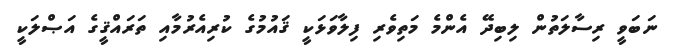
ނަބަވީ ރިސާލަތުން ލިބިދޭ އެންމެ މަތިވެރި ފިލާވަޅަކީ ޤައުމުގެ ކުރިއެރުމާއި ތަރައްޤީގެ އަޞްލަކީ